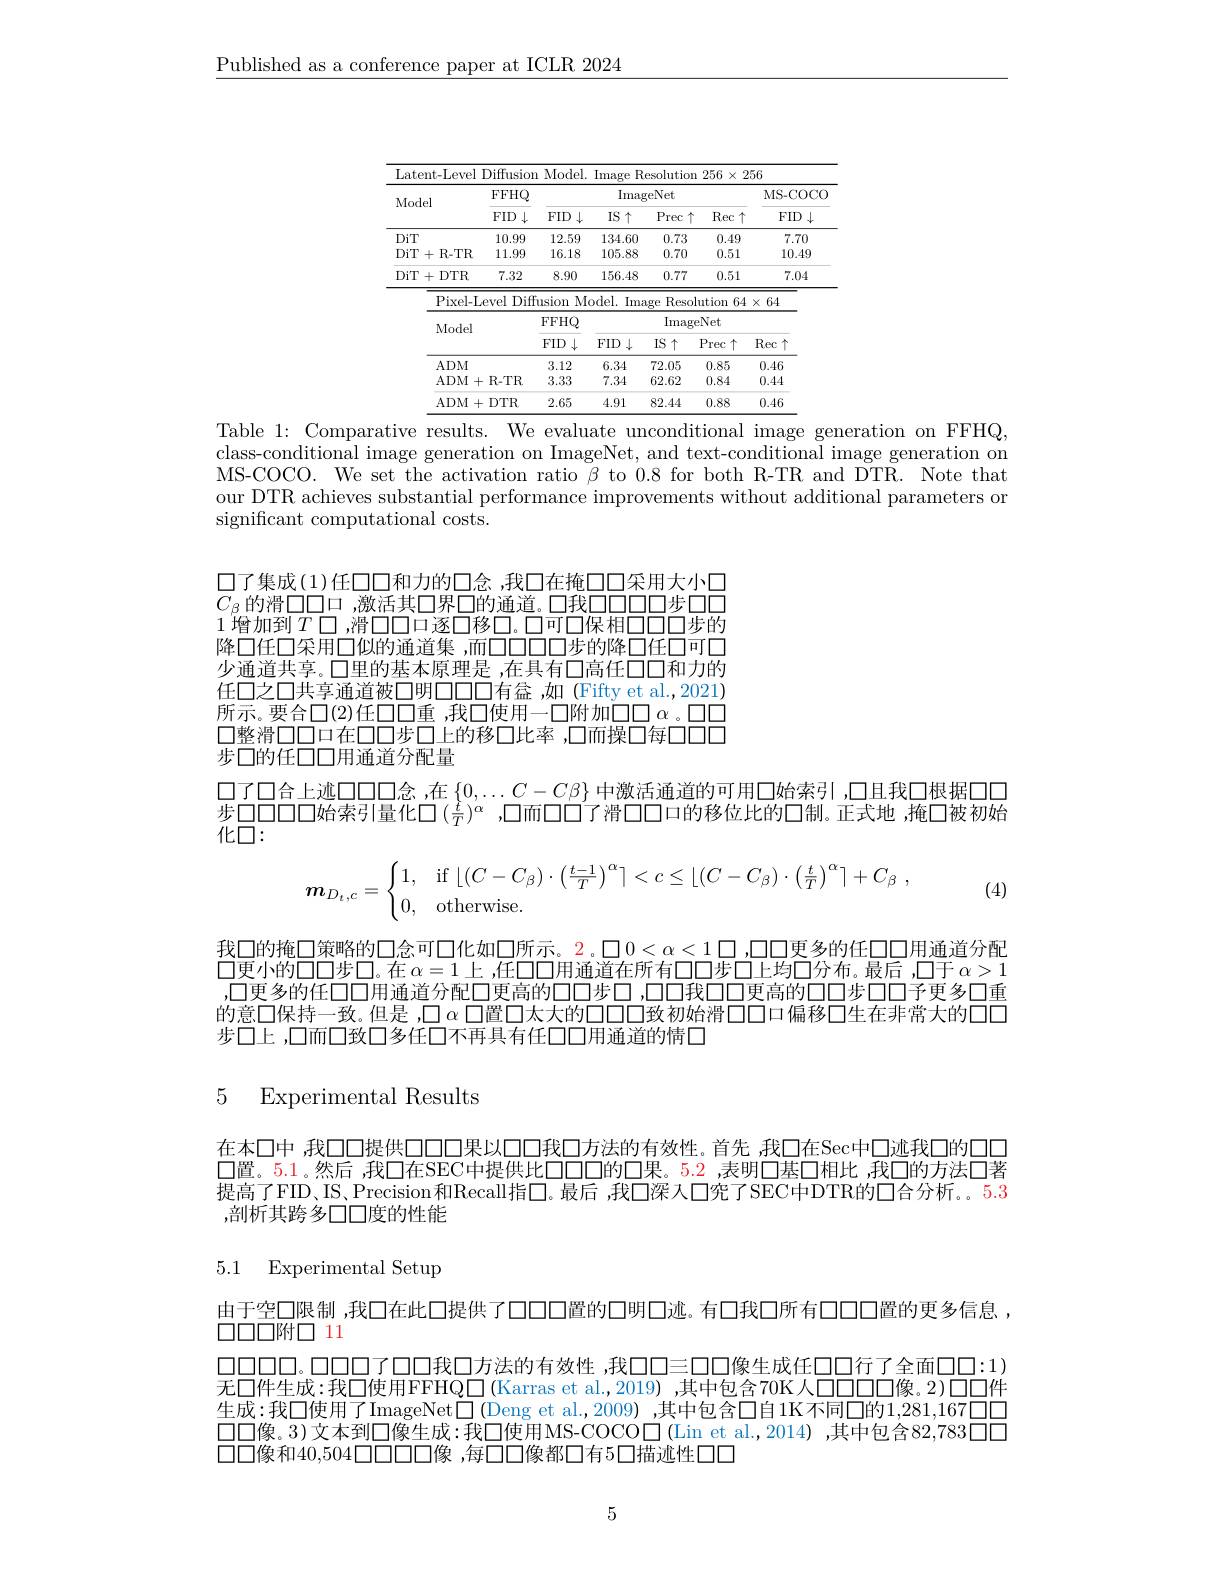
$\underline{\text{Published as a conference paper at}}$

<table>
	<tbody>
		<tr>
			<th colspan="6">Latent-Level Diffusion Model. Image Resolution $256\times256$</th>
			<th rowspan="3">6 MS- COCO $FID\downarrow$</th>
		</tr>
		<tr>
			<th rowspan="2">Latent- Level Model</th>
			<th rowspan="2">DIIIIISIUI FFHQ FID $\downarrow$</th>
			<th>LVIUUCI.</th>
			<th>$\Pi\Pi age$ $\operatorname{Imag}$</th>
			<th>MILU eNet</th>
			<th>$\angle uJU$ 1 1 $A$ ,L</th>
		</tr>
		<tr>
			<th>111 FID 1 1 1 </th>
			<th>IS $\uparrow$</th>
			<th>Prec 十</th>
			<th>Rec 个</th>
		</tr>
		<tr>
			<td>DiT</td>
			<td>10.99</td>
			<td>12.59</td>
			<td>134.60</td>
			<td>0.73</td>
			<td>0.49</td>
			<td>7.70</td>
		</tr>
		<tr>
			<td>DiT $\Gamma +$R- TR</td>
			<td>11.99</td>
			<td>16.18</td>
			<td>105.88</td>
			<td>0.70</td>
			<td>0.51</td>
			<td>10.49</td>
		</tr>
		<tr>
			<td>DiT $\therefore+$ $DTR$ 1 -</td>
			<td>7.32</td>
			<td>8.90</td>
			<td>156.48</td>
			<td>0.77</td>
			<td>0.51</td>
			<td>7.04</td>
		</tr>
		<tr>
			<td>Pixel- I</td>
			<td>evel Diff </td>
			<td>$u$sion M</td>
			<td>$odel.$ Ima 1</td>
			<td>Resol ge</td>
			<td>1tion 64</td>
			<td>64</td>
		</tr>
		<tr>
			<td>Mode</td>
			<td> </td>
			<td>FFHQ</td>
			<td> </td>
			<td colspan="3">ImageNet</td>
		</tr>
		<tr>
			<td>1 · 1 TINT</td>
			<td> </td>
			<td>FID $\downarrow$</td>
			<td>FID $\downarrow$ $P_{1}=\frac{1}{2}$ </td>
			<td>IS $\uparrow$</td>
			<td rowspan="1">$\uparrow$ $Prec\uparrow$ $\operatorname{Rec}\uparrow$</td>
			<td>Rec 个</td>
		</tr>
		<tr>
			<td>$ADM$</td>
			<td> </td>
			<td>3.12</td>
			<td>6.34</td>
			<td>72.05</td>
			<td>0.85</td>
			<td>0.46</td>
		</tr>
		<tr>
			<td>$ADM$</td>
			<td>$R-TR$</td>
			<td>3.33</td>
			<td>7.34</td>
			<td>62.62</td>
			<td>0.84</td>
			<td>0.44</td>
		</tr>
		<tr>
			<td>$ADM$</td>
			<td>$DTR$</td>
			<td>2.65</td>
			<td>4.91</td>
			<td>82.44</td>
			<td>0.88</td>
			<td>0.46</td>
		</tr>
	</tbody>
</table>
Table 1: Comparative results. We evalu

class-conditional image generation on MS-COCO. We set the activation ratio our DTR achieves substantial performan significant computational costs.

口了集成(1)任口口和力的口念 ,我口在掩口口采用大小口$C_{\beta}$的滑口口口 ,激活其口界口的通道。口我口口口口步口口1增加到$T\square$ ,滑口口口 逐口移口。口可口保相口口口步的降口任口采用口似的通道集 ,而口口口口步的降口任口可口少通道共享。口里的基本原理是 ,在具有口高任口口和力的任口之口共享通道被口明口口有金，如 (Fifty et al.,2021) 所示。要合口(2)任口口重 ,我口使用一口附加口口$\alpha$ 。口口口整滑口口口在口口步口上的移口比率 ,口而操口每口口口步口的任口口用通道分配量

口了口合上述口口口念，在$\left\{0,\ldots C-C\beta\right\}$中激活通道的可用口始索引，口且我口根据口口步口口口口口始索引量化口$(\frac{f}{T})^{\alpha}$ ,口而口口门了滑口化口：
$$\boldsymbol{m}_{D_t,c}=\begin{cases}1,&\text{if}\lfloor(C-C_\beta)\cdot\left(\frac{t-1}{T}\right)^\alpha\rceil<c\le\lfloor(C-C_\beta)\cdot\left(\frac{t}{T}\right)^\alpha\rceil+C_\beta\:,\\0,&\text{otherwise.}\end{cases}$$
(4)

我口的掩口策略的口念可口化如口所示。2。口$0<\alpha<1$口，口口更多的任口口口更小的口口步口。在$\alpha=1$上 ,任口口用通道在所有口口步口上均口分布,口更多的任口口用通道分配口更高的口口步口，口口我口口更高的口口步口口子更多的意口保持一致。但是 ,口$\alpha$口置口太大的口口口致初始滑口口口偏移口生步口上，口而口致口多任口不再具有任口口用通道的情口

5 Experimental Results

在本口中 ,我口口提供口口口果以口口我口方法的有效性。首先 ,我口在Sec中$\square$置。5.1。然后 ,我口在SEC中提供比口口口的口果。5.2 ,表明口提高了FID、IS、Precision和Recall指□。最后 ,我口深入口,剖析其跨多口口度的性能

5.1 Experimental Setup

由于空口限制 ,我口在此口提供了口口口置的口明口逃。有口我口所有口口口置的更多信息，
$\square\square\square\square 附\square11$
$\square\square\square\square。\square\square\square\square$了口口我口方法的有效性 ,我口口三口口像生成任口口行了无口件生成：我□使用FFHQ□(Karras et al.,2019),其中生成：我口使用了ImageNet$\square$ (Deng et al.,2009) $\square\square$像。3)文本到$\square$像生成：我$\square$使用MS-COCO$\square$(Lin 口口像和40，504日口口口像 ,每口口像都口有5口描迹性口口